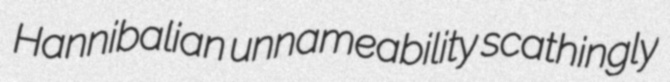
Hannibalian unnameability scathingly